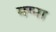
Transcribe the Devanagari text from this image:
मग्ना